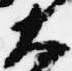
大